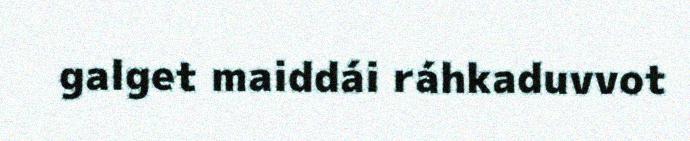
galget maiddái ráhkaduvvot